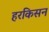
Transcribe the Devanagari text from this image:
हरकिसन